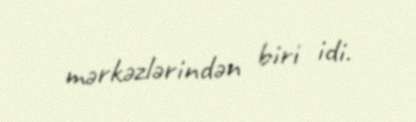
mərkəzlərindən biri idi.